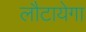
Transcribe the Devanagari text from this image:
लौटायेगा